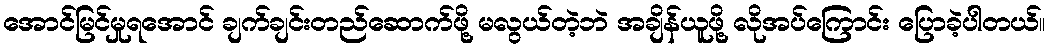
အောင်မြင်မှုရအောင် ချက်ချင်းတည်ဆောက်ဖို့ မလွယ်တဲ့ဘဲ အချိန်ယူဖို့ လိုအပ်ကြောင်း ပြောခဲ့ပါတယ်။